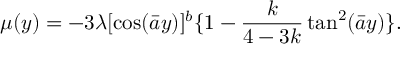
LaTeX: \mu ( y ) = - 3 \lambda [ \cos ( \bar { a } y ) ] ^ { b } \{ 1 - \frac { k } { 4 - 3 k } \tan ^ { 2 } ( \bar { a } y ) \} .